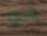
هو